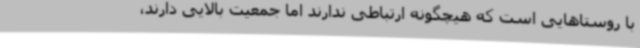
با روستاهایی است که هیچگونه ارتباطی ندارند اما جمعیت بالایی دارند،